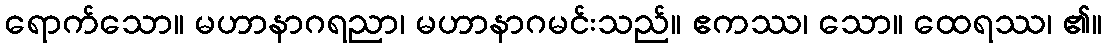
ရောက်သော။ မဟာနာဂရညာ၊ မဟာနာဂမင်းသည်။ ဧကဿ၊ သော။ ထေရဿ၊ ၏။